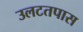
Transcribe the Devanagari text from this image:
उलटतपास